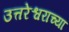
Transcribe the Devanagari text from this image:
उत्तरेश्वराच्या